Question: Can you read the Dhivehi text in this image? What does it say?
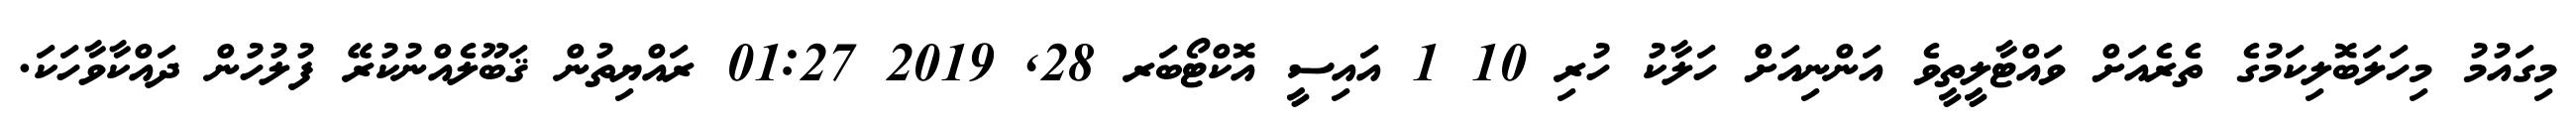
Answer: މިގައުމު މިހަލަބޮލިކަމުގެ ތެރެއަށް ވައްޓާލީތީވެ އަންނިއަށް ހަލާކު ހުރި 10 1 އައިސީ އޮކްޓޯބަރ 28, 2019 01:27 ރައްޔިތުން ޤަބޫލެއްނުކުރޭ ފުލުހުން ދައްކާވާހަކަ.